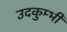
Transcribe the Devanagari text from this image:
उदकुम्भी